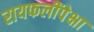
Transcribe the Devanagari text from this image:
रायफलींपेक्षा